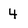
Character: 4